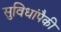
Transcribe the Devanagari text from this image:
सुविधांपैकी